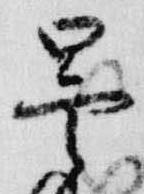
曇